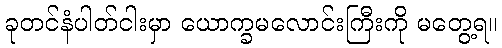
ခုတင်နံပါတ်ငါးမှာ ယောက္ခမလောင်းကြီးကို မတွေ့ရ။